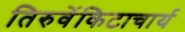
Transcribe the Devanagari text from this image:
तिरुवेंकिटाचार्य